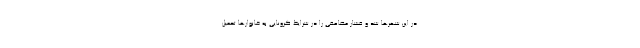
در این شهرها شد و فشار مضاعفی را در شرایط کرونایی به خانوارها تحمیل